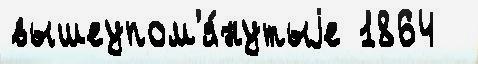
вышеупом'я́нутыjе 1864